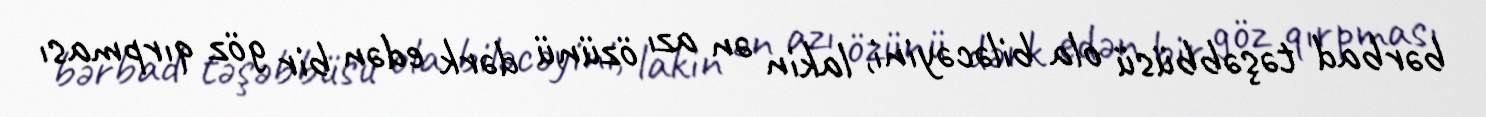
bərbad təşəbbüsü ola biləcəyini, lakin ən azı özünü dərk edən bir göz qırpması